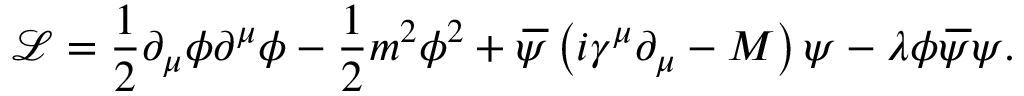
\mathcal { L = } \frac { 1 } { 2 } \partial _ { \mu } \phi \partial ^ { \mu } \phi - \frac { 1 } { 2 } m ^ { 2 } \phi ^ { 2 } + \, \overline { { \! { \psi } } } \left( i \gamma ^ { \mu } \partial _ { \mu } - M \right) \psi - \lambda \phi \, \overline { { \! { \psi } } } \psi .